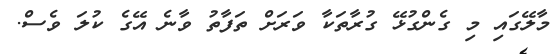
މާލޭގައި މި ގެންގުޅޭ ގުރާތަކާ ވަރަށް ތަފާތު ވާނެ އޭގެ ކުލަ ވެސް.